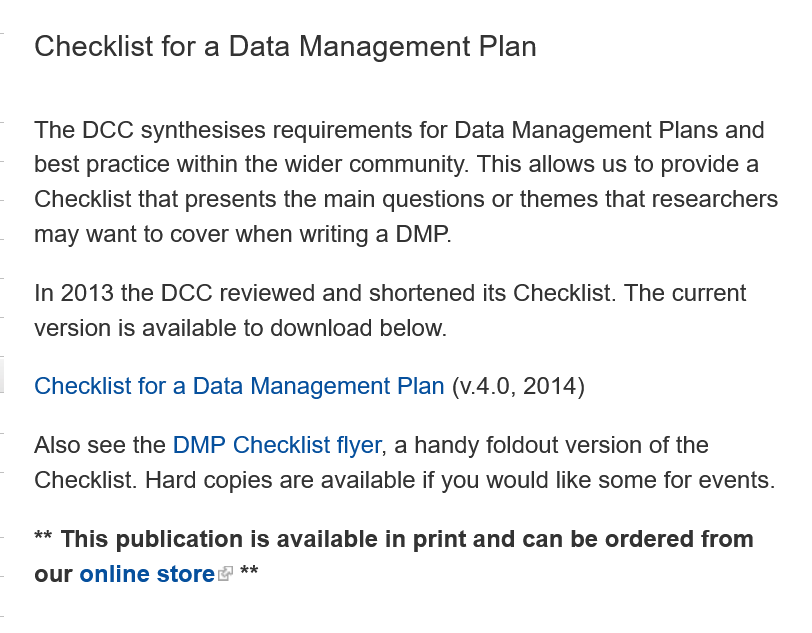
Checklist  for a Data Management    Plan
   The DCC synthesises requirements for Data Management Plans and
   best practice within the wider community. This allows us to provide a
   Checklist that presents the main questions or themes that researchers
   may want to cover when writing a DMP.
   In 2013 the DCC reviewed and shortened its Checklist. The current
   version is available to download below.
   Checklist for a Data Management Plan (v.4.0, 2014)
   Also see the DMP Checklist flyer, a handy foldout version of the
   Checklist. Hard copies are available if you would like some for events.
   **
     This publication is available in print and can be ordered from
   our online store
     **